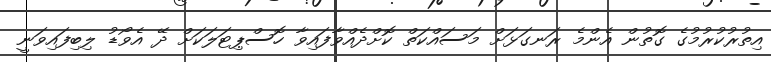
އިތުރުކުރުމުގެ ގޮތުން އެންމެ ރަނގަޅަށް މަސައްކަތް ކޮށްދެއްވާފައިވާ ހޮސްޕިޓަލަކަށް ދޭ އެވޯޑު ލިބިފައިވަނީ